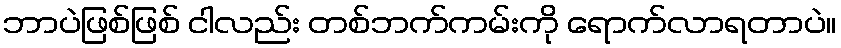
ဘာပဲဖြစ်ဖြစ် ငါလည်း တစ်ဘက်ကမ်းကို ရောက်လာရတာပဲ။